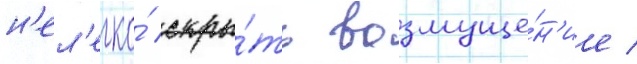
н'ел'егко́ скры́ть возмуще́н'ие /